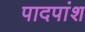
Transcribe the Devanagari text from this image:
पादपांश